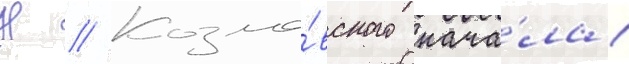
Н // Козло́вского нача́ла